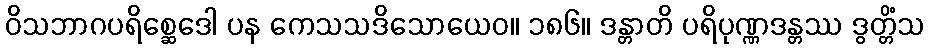
ဝိသဘာဂပရိစ္ဆေဒေါ ပန ကေသသဒိသောယေဝ။ ၁၈၆။ ဒန္တာတိ ပရိပုဏ္ဏဒန္တဿ ဒွတ္တိံသ